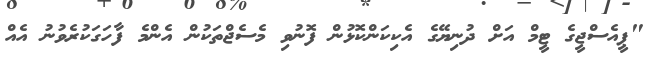
"ޕީއެސްޖީގެ ޓީމް އަށް ދުނިޔޭގެ އެކިކަންކޮޅުން ފޮނުވި މެސެޖްތަކުން އެންމެ ފާހަގަކުރެވުނު އެއް